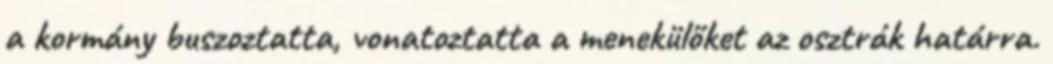
a kormány buszoztatta, vonatoztatta a menekülőket az osztrák határra.